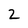
Character: 2